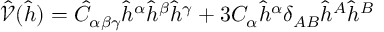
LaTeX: \hat { \mathcal { V } } ( \hat { h } ) = { \hat { C } } _ { \alpha \beta \gamma } { \hat { h } } ^ { \alpha } { \hat { h } } ^ { \beta } { \hat { h } } ^ { \gamma } + 3 C _ { \alpha } { \hat { h } } ^ { \alpha } \delta _ { A B } { \hat { h } } ^ { A } { \hat { h } } ^ { B }